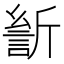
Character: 𰕡